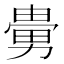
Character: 𠢮